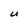
Character: U